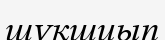
шұқшиып